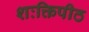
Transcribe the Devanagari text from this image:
शःक्तिपीठ